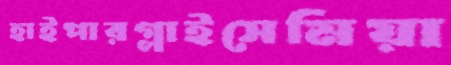
হাইপারগ্লাইসেমিয়া